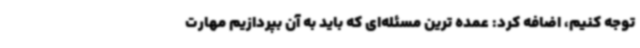
توجه کنیم، اضافه کرد: عمده ترین مسئله‌ای که باید به آن بپردازیم مهارت